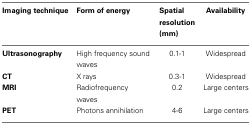
<table><thead><tr><td><b>Imaging technique</b></td><td><b>Form of energy</b></td><td><b>Spatial resolution (mm)</b></td><td><b>Availability</b></td></tr></thead><tbody><tr><td><b>Ultrasonography</b></td><td>High frequency sound waves</td><td>0.1-1</td><td>Widespread</td></tr><tr><td><b>CT</b></td><td>X rays</td><td>0.3-1</td><td>Widespread</td></tr><tr><td><b>MRI</b></td><td>Radiofrequency waves</td><td>0.2</td><td>Large centers</td></tr><tr><td><b>PET</b></td><td>Photons annihilation</td><td>4-6</td><td>Large centers</td></tr></tbody></table>